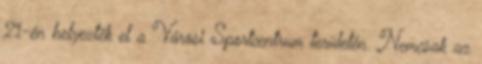
21-én helyezték el a Városi Sportcentrum területén. Nemcsak az